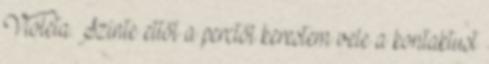
Violeta. Szinte ettől a perctől kerestem vele a kontaktust